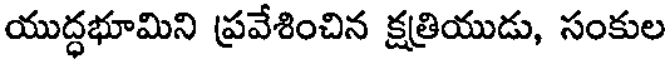
యుద్ధభూమిని ప్రవేశించిన క్షత్రియుడు, సంకుల